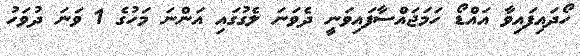
ހޯދައިފައިވާ އައްޑޯ ހަމަޖައްސާފައިވަނީ ދެވަނަ ލެގުގައި އަންނަ މަހުގެ 1 ވަނަ ދުވަހު